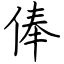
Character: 俸